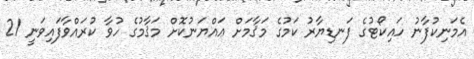
އެމަނިކުފާނު ހައިކޯޓުގެ ފަނޑިޔާރު ކަމުގެ މަޤާމަށް ޢައްޔަނުކޮށް މަޤާމުގެ ހުވާ ކުރައްވާފައިވަނީ 21